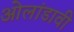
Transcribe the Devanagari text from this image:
ओलांडावी